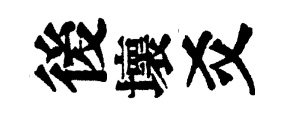
後壞爻